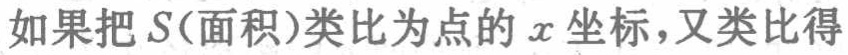
如果把\(S(\text{面积})\)类比为点的\(x\)坐标，又类比得